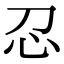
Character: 𢖫